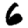
Digit: 6